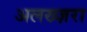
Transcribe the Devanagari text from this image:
अलख्ज़रा